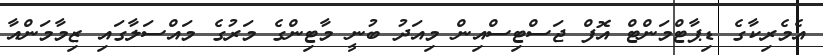
އެމެރިކާގެ ޑިޕާޓްމަންޓް އޮފް ޖަސްޓިސްއިން މިއަދު ބުނީ މާޓިންގެ މަރުގެ މައްސަލާގައި ޒިމާމަންއާ